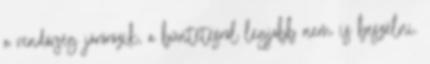
a rendőrség járőrözik, a büntetésről legjobb nem is beszélni.